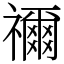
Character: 禰